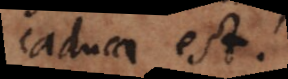
caduca est.